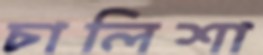
চালিশা